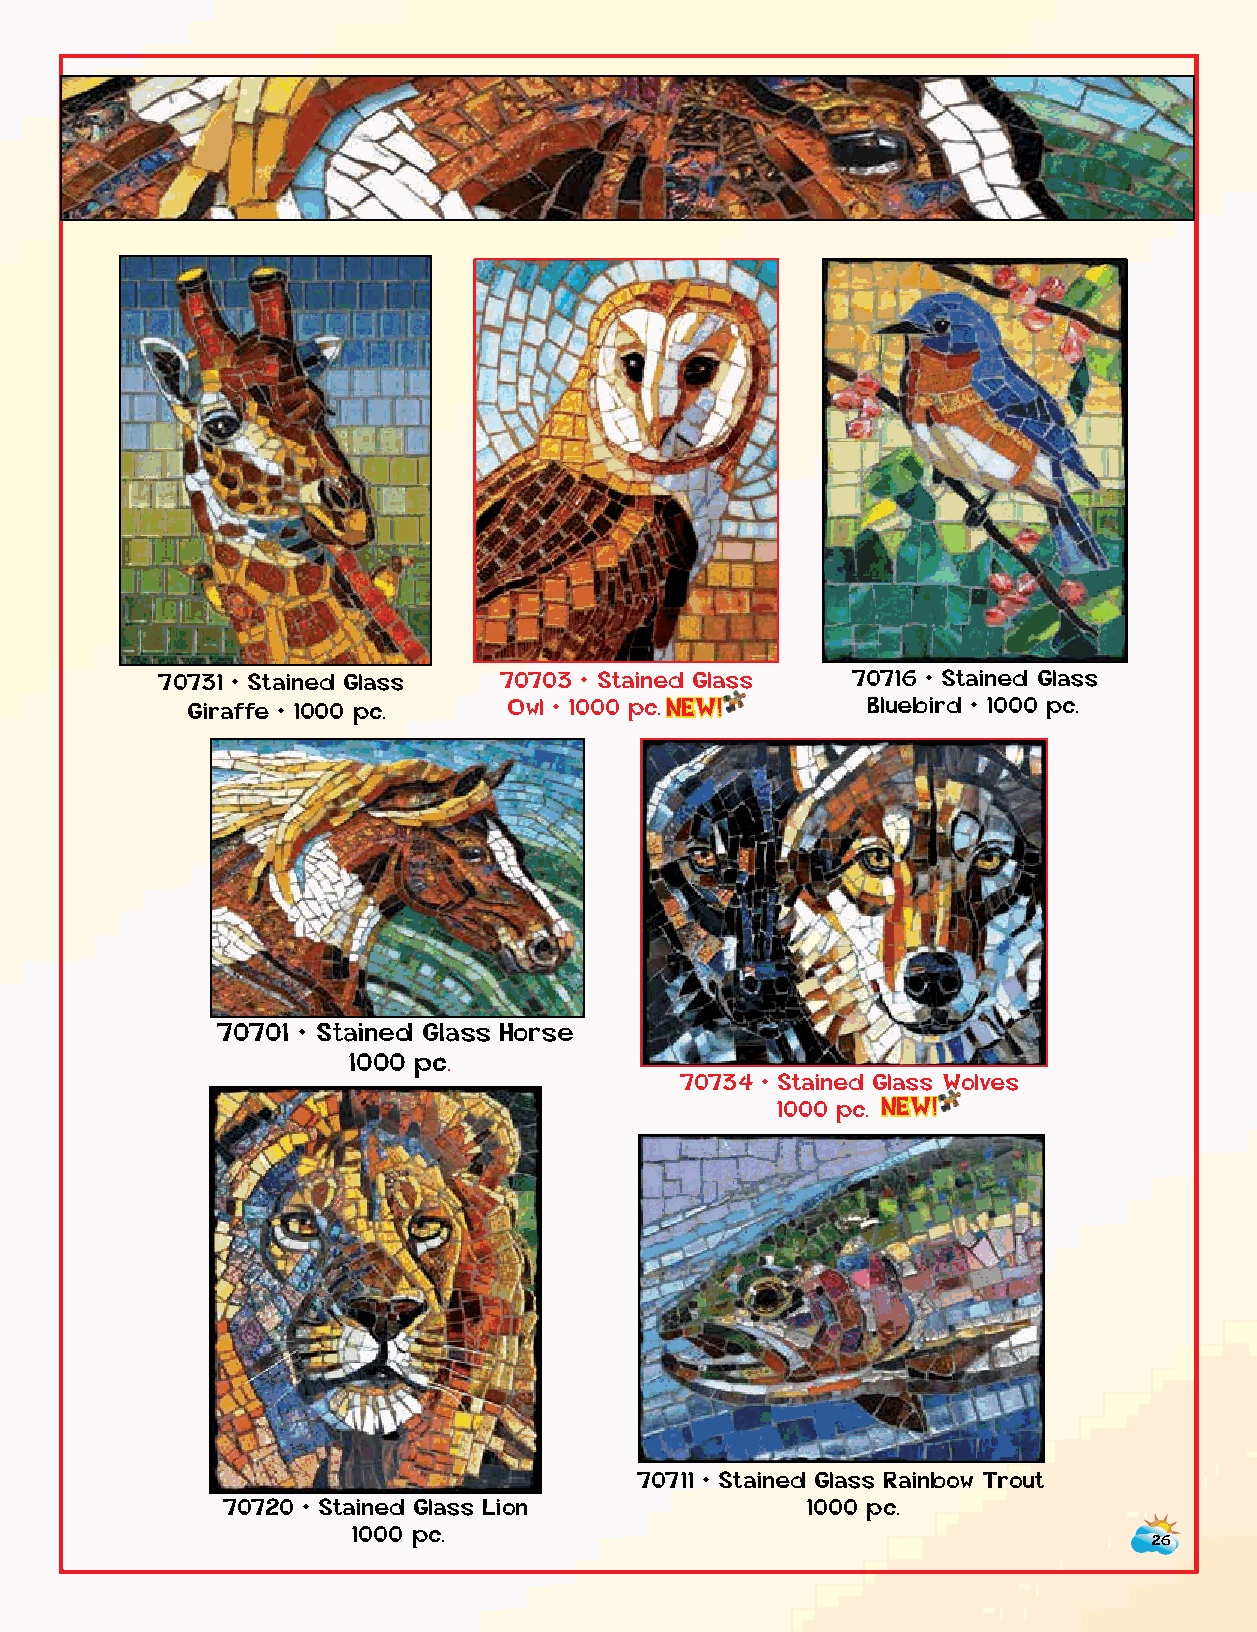
70731 • Stained Glass  70703 • Stained Glass  70716 • Stained Glass
 Giraffe • 1000 pc.    Owl • 1000 p c . NEW!  Bluebird • 1000 pc.
 70701 • Stained Glass Horse
 1000 pc.
 70734 • Stained Glass Wolves
 1000 p c . NEW!
 70711 • Stained Glass Rainbow Trout
 70720 • Stained Glass Lion            1000 pc.
 1000 pc.
 26